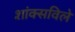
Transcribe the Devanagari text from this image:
शांक्सविले